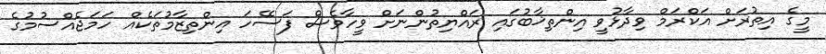
މީގެ އިތުރަށް އަކްރަމް ވިދާޅުވީ އިންތިޚާބުގައި ރައްޔިތުންނަށް ވީހާވެސް ފަސޭހަ އިންތިޒާމުތަކެއް ހަމަޖެއްސުމުގެ